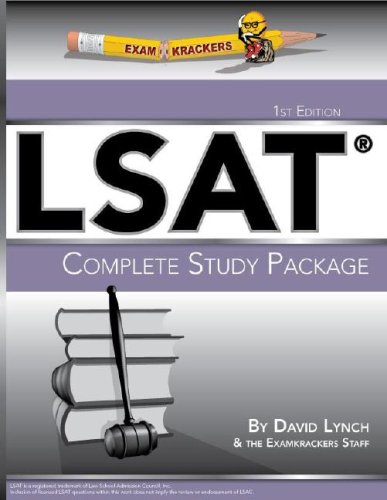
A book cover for Examkrackers LSAT Complete Study Package; David Lynch; Law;